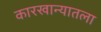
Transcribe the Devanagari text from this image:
कारखान्यातला